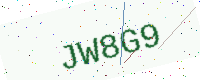
Text: JW8G9